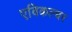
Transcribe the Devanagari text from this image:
एविकल्चर